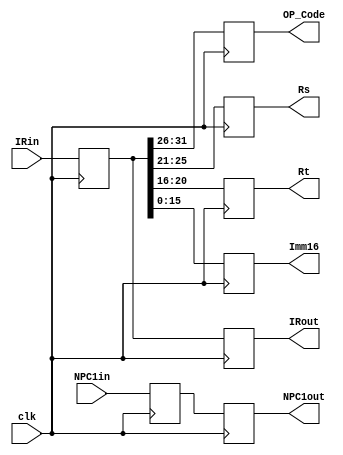
`timescale 1ns/1ps
module FIID (
    input clk,
    input [31:0] NPC1in,
    input [31:0] IRin,
    output reg [31:0] IRout,
    output reg [31:0] NPC1out,
    output reg [5:0] OP_Code,
    output reg [4:0] Rs,
    output reg [4:0] Rt,
    output reg [15:0] Imm16
);
    reg [31:0] Inst;
    reg [31:0] NPC1;
    always @(posedge clk ) begin
        Inst <= IRin;
        IRout <= Inst;
        NPC1 <= NPC1in;
        NPC1out <= NPC1;
        OP_Code <= Inst[31:26];
        Rs <= Inst[25:21];
        Rt <= Inst[20:16];
        Imm16 <= Inst[15:0];
    end
endmodule